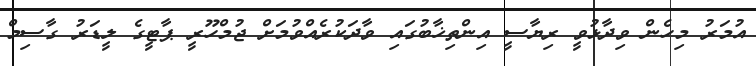
އުމަރު މިހެން ވިދާޅުވީ ރިޔާސީ އިންތިޚާބުގައި ވާދަކުރެއްވުމަށް ޖުމްހޫރީ ޕާޓީގެ ލީޑަރު ގާސިމް